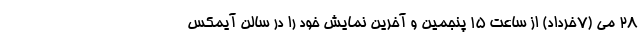
۲۸ می (۷خرداد) از ساعت ۱۵ پنجمین و آخرین نمایش خود را در سالن آیمکس